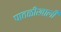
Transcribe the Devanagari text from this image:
पातळीखाली